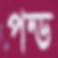
পন্ড